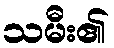
သမီး၏